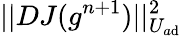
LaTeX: ||DJ(g^{n+1})||_{U_{a\mathrm{d}}}^{2}